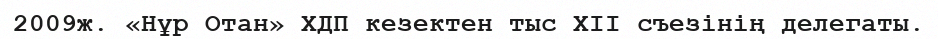
2009ж. «Нұр Отан» ХДП кезектен тыс ХІІ съезінің делегаты.